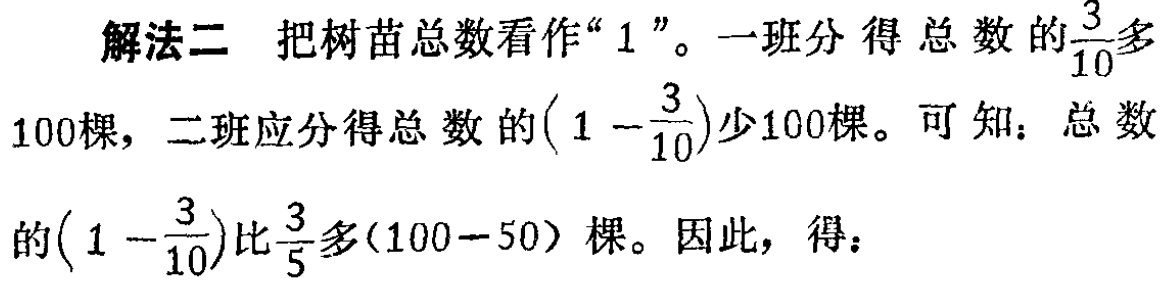
解法二 把树苗总数看作“$1$”。一班分得总数的$\frac{3}{10}$多

$100$棵，二班应分得总数的$(1 - \frac{3}{10})$少$100$棵。可知：总数

的$(1 - \frac{3}{10})$比$\frac{3}{5}$多$(100 - 50)$棵。因此，得：